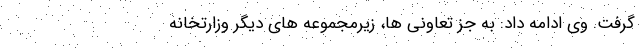
گرفت. وی ادامه داد: به جز تعاونی ها، زیرمجموعه های دیگر وزارتخانه